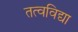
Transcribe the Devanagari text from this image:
तत्वविद्या